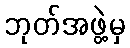
ဘုတ်အဖွဲ့မှ